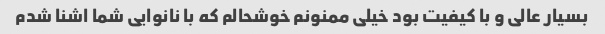
بسیار عالی و با کیفیت بود خیلی ممنونم خوشحالم که با نانوایی شما اشنا شدم